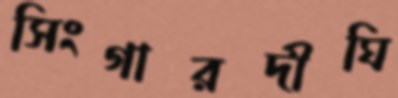
সিংগারদীঘি